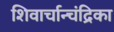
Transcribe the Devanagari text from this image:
शिवार्चान्चंद्रिका